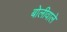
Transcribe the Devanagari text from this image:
बोलीवाले